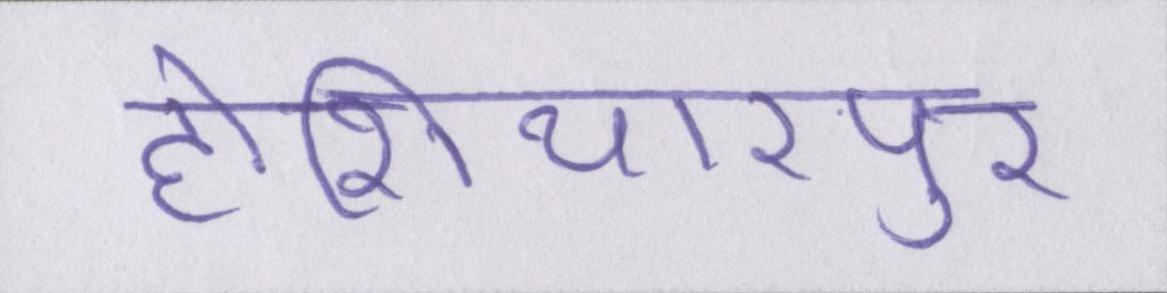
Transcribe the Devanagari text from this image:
होशियारपुर